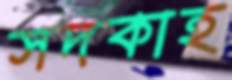
সদকাহ